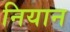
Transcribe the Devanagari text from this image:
नियान